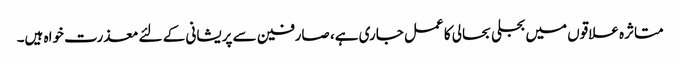
متاثرہ علاقوں میں بجلی بحالی کا عمل جاری ہے، صارفین سے پریشانی کے لئے معذرت خواہ ہیں۔